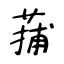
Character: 蒱